Leaving Certificate Examination, 1923
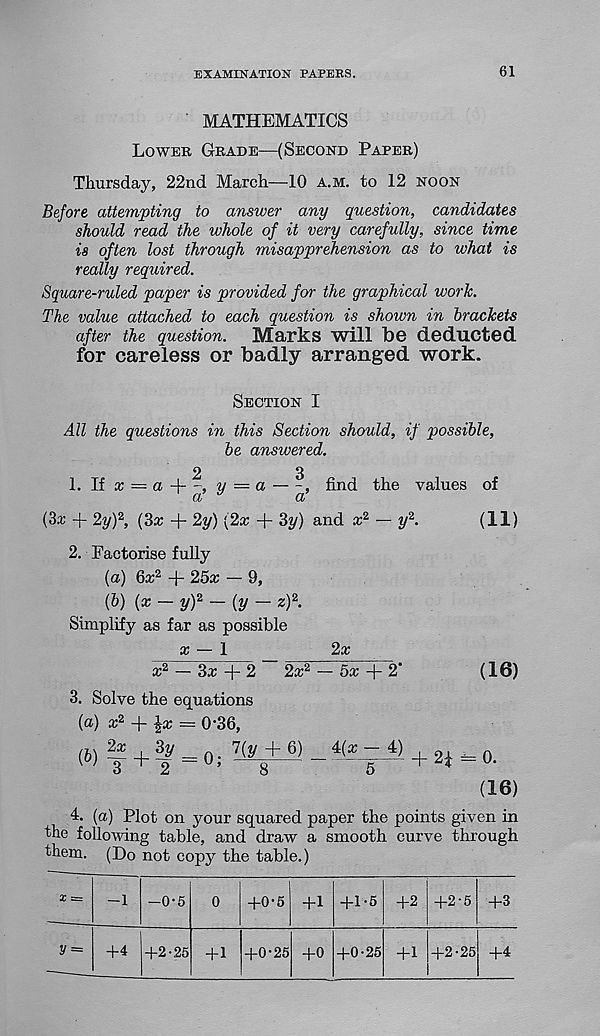
EXAMINATION PAPERS.
61
MATHEMATICS
Lower Grade—(Second Paper)
Thursday, 22nd March—10 a.m. to 12 noon
Before attempting to answer any question, candidates
should read the whole of it very carefully, since time
is often lost through misapprehension as to what is
really required.
Square-ruled paper is provided for the graphical work.
The value attached to each question is shown in brackets
after the question.
Marks will be deducted
for careless or badly arranged work.
Section I
All the questions in this Section should, if possible,
be answered.
1. If x = a -\—, y — a
, find the values of
CL
&
(3a; + 2y) 2 , (3a; + 2y) (2x + 3y) and x 2 — y 2 .
(11)
2. Factorise fully
(a) 6a; 2 + 25a; — 9,
(&) (x — y) 2 — (y — z) 2 .
Simplify as far as possible
a; — 1
2a;
a; 2 — 3a; + 2
2a; 2 — 5a; + 2'
(16)
3. Solve the equations
(a) x 2 + lx = 0-36,
(&) ¥ + t = 0; 7(y
8
+ 6)
+ 2*^0.
(16)
4- (a) Plot on your squared paper the points given in
the following table, and draw a smooth curve through
them. (Do not copy the table.)
y =
-0-5
+4 +2-25 + 1
+0-6 +1
+0-25 +0
+1-6
+0-25
+2 +2-5 +3
+1 +2-25 +4